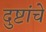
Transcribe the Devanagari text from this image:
दुष्टांचे